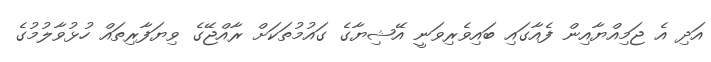
އަދި އެ ޖަމިއްޔާއިން ފެއާގައި ބައިވެރިވަނީ އޭޝިޔާގެ ގައުމުތަކަށް ރާއްޖޭގެ ވިޔަފާރިތައް ހުޅުވާލުމުގެ